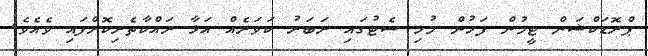
ޕްރޮޑަކްޝަން ޓީމުން ފަހުން މުޅި ސެޓުގައި ރަބަރު ކަވަރެއް އަޅާ ރައްކާތެރިކޮށްފައި ވެއެވެ.